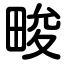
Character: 畯